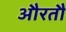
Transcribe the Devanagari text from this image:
औरतौं